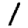
Digit: 1